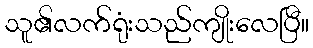
သူ၏လက်ရုံးသည်ကျိုးလေပြီ။